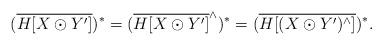
LaTeX: \begin{align*}(\overline{H[X\odot Y']})^*=(\overline{H[X\odot Y']}^{\wedge})^*=(\overline{H[(X\odot Y')^{\wedge}]})^*.\end{align*}